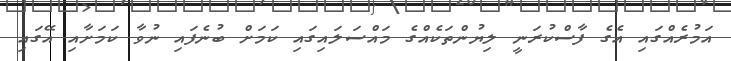
އަމުރެއްގައި އެގެ ފާސްކުރަނީ ލިޔުންތަކެއްގެ މައްސަލައިގައި ކަމަށް ބުނެފައި ނުވާ ކަމަށާއި އޭގައި